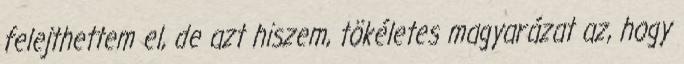
felejthettem el, de azt hiszem, tökéletes magyarázat az, hogy